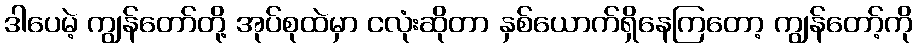
ဒါပေမဲ့ ကျွန်တော်တို့ အုပ်စုထဲမှာ ငလုံးဆိုတာ နှစ်ယောက်ရှိနေကြတော့ ကျွန်တော့်ကို